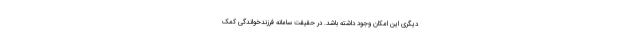
دیگری این امکان وجود داشته باشد. در حقیقت سامانه فرزندخواندگی کمک